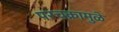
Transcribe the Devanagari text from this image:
परचक्रामुळे